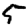
Digit: 5